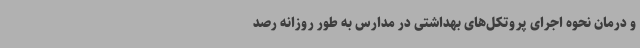
و درمان نحوه اجرای پروتکل‌های بهداشتی در مدارس به طور روزانه رصد